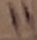
Text: 11